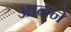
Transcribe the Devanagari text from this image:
आनने